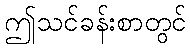
ဤသင်ခန်းစာတွင်